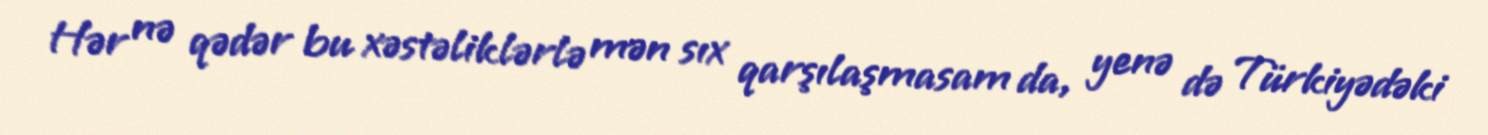
Hər nə qədər bu xəstəliklərlə mən sıx qarşılaşmasam da, yenə də Türkiyədəki